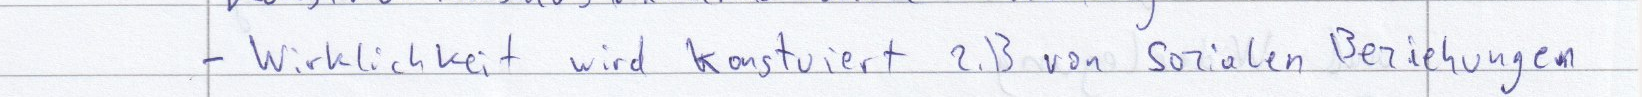
- Wirklichkeit wird konstuiert z.B von sozialen Beziehungen